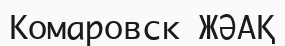
Комаровск ЖӘАҚ